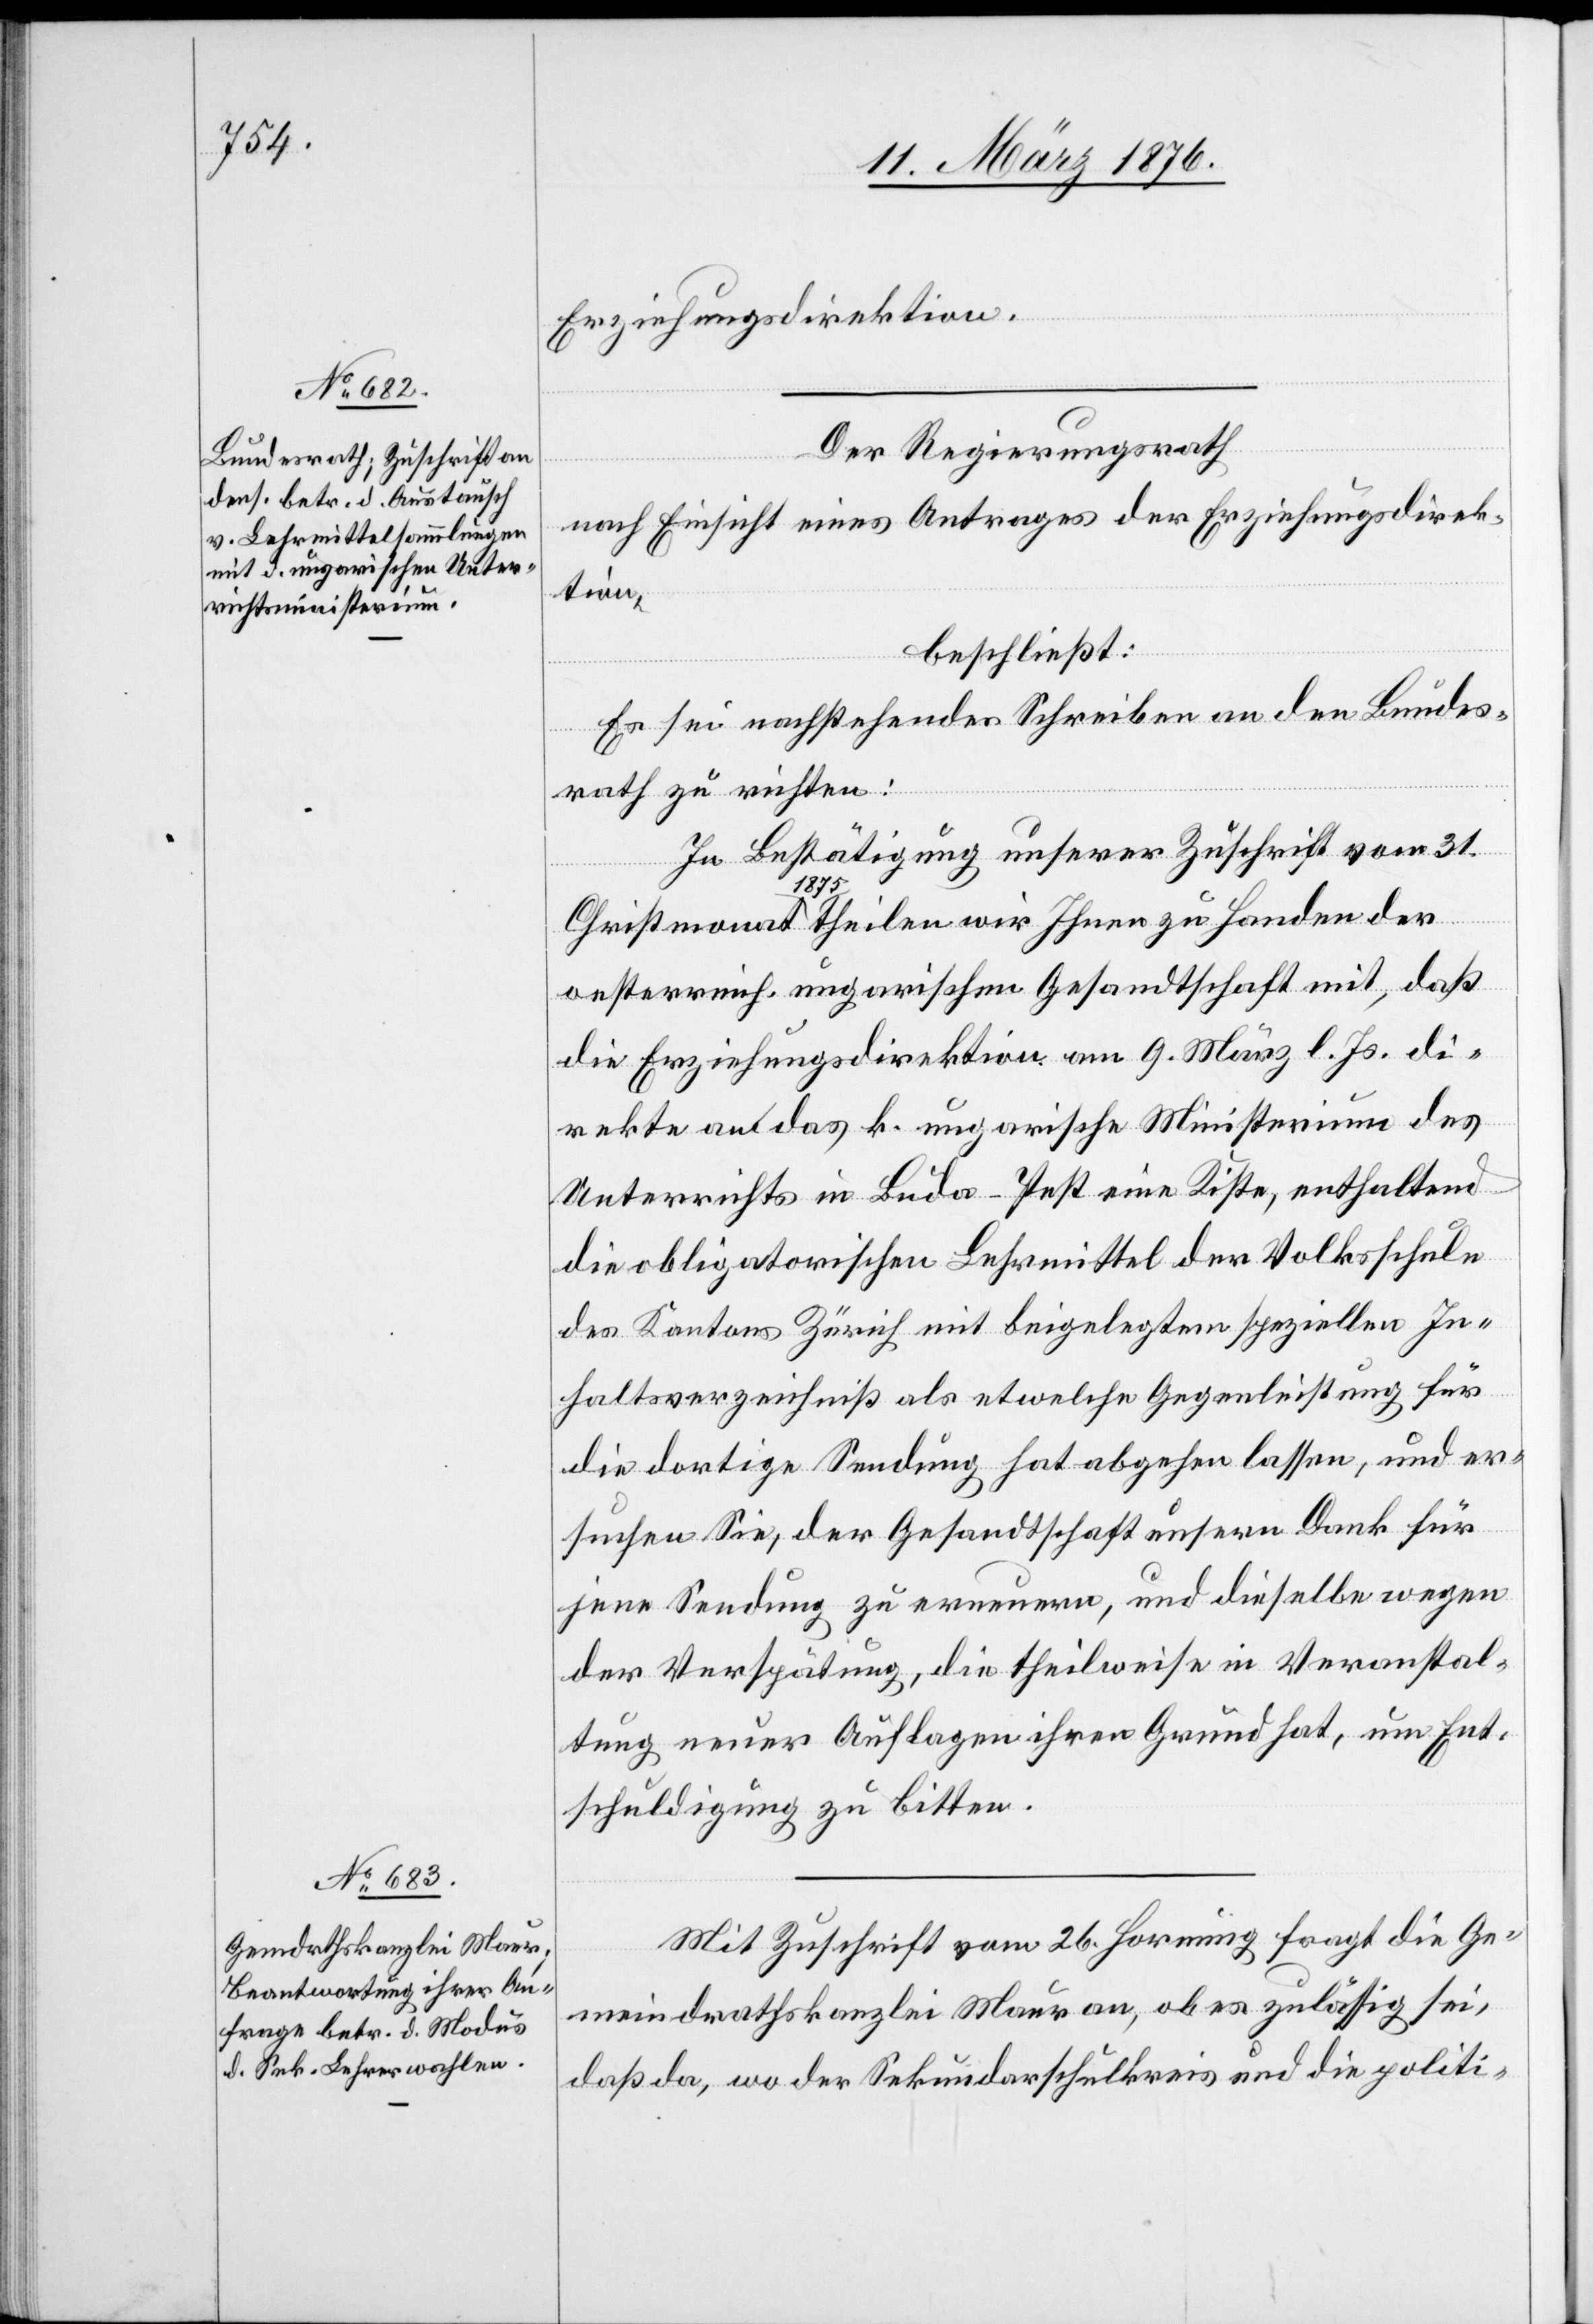
Erziehungsdirektion.
Der Regierungsrath
nach Einsicht eines Antrages der Erziehungsdirek¬
tion,
beschließt:
Es sei nachstehendes Schreiben an den Bundes¬
rath zu richten:
In Bestätigung unserer Zuschrift vom 31.
Christmonat 1875 theilen wird Ihnen zu Handen der
oesterreich-ungarischen Gesandtschaft mit, daß
die Erziehungsdirektion am 9. März l. Js. di¬
rekte an das k. ungarische Ministerium des
Unterrichts in Buda-Pest eine Kiste, enthaltend
die obligatorischen Lehrmittel der Volksschule
des Kantons Zürich mit beigelegtem speziellen In¬
haltsverzeichniß als etwelche Gegenleistung für
die dortige Sendung hat abgehen lassen, und er¬
suchen Sie, der Gesandtschaft unsern Dank für
jene Sendung zu erneuern, und dieselbe wegen
der Verspätung, die theilweise in Veranstal¬
tung neuer Auflagen ihren Grund hat, um Ent¬
schuldigung zu bitten.
Mit Zuschrift vom 26. Hornung fragt die Ge¬
meindrathskanzlei Maur an, ob es zulässig sei,
das da, wo der Sekundarschulkreis und die politi-